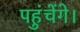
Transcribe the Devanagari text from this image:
पहुंचेंगे।